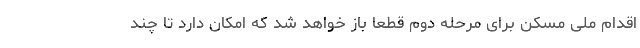
اقدام ملی مسکن برای مرحله دوم قطعا باز خواهد شد که امکان دارد تا چند